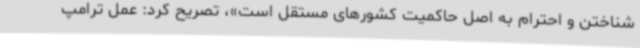
شناختن و احترام به اصل حاکمیت کشورهای مستقل است»، تصریح کرد: عمل ترامپ